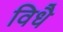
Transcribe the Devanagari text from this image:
विधै